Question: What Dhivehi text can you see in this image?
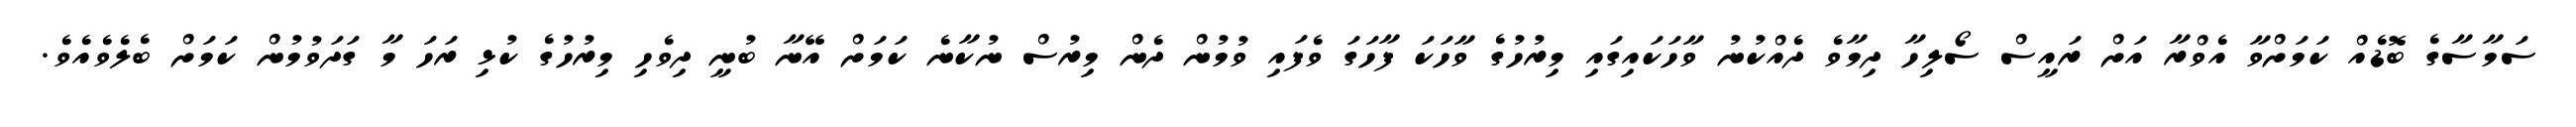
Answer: ސަމާސާގެ ބޮޑެއް ކަމަށްވާ އެވްރާ އަށް ރައީސް ސޯލިހާ ދިމާވެ ދެއްކުނު ވާހަކައިގައި މިރުހުގެ ވާހަކަ ފާހަގަ ވެފައި ވުމުން ދެން މިރުސް ނުކާނެ ކަމަށް އޭނާ ބުނީ ދިވެހި މިރުހުގެ ކުޅި ރަހަ މާ ގަދަވުމުން ކަމަށް ބެލެވެއެވެ.